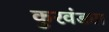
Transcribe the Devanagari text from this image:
कुरवंड्या